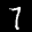
Label: 7